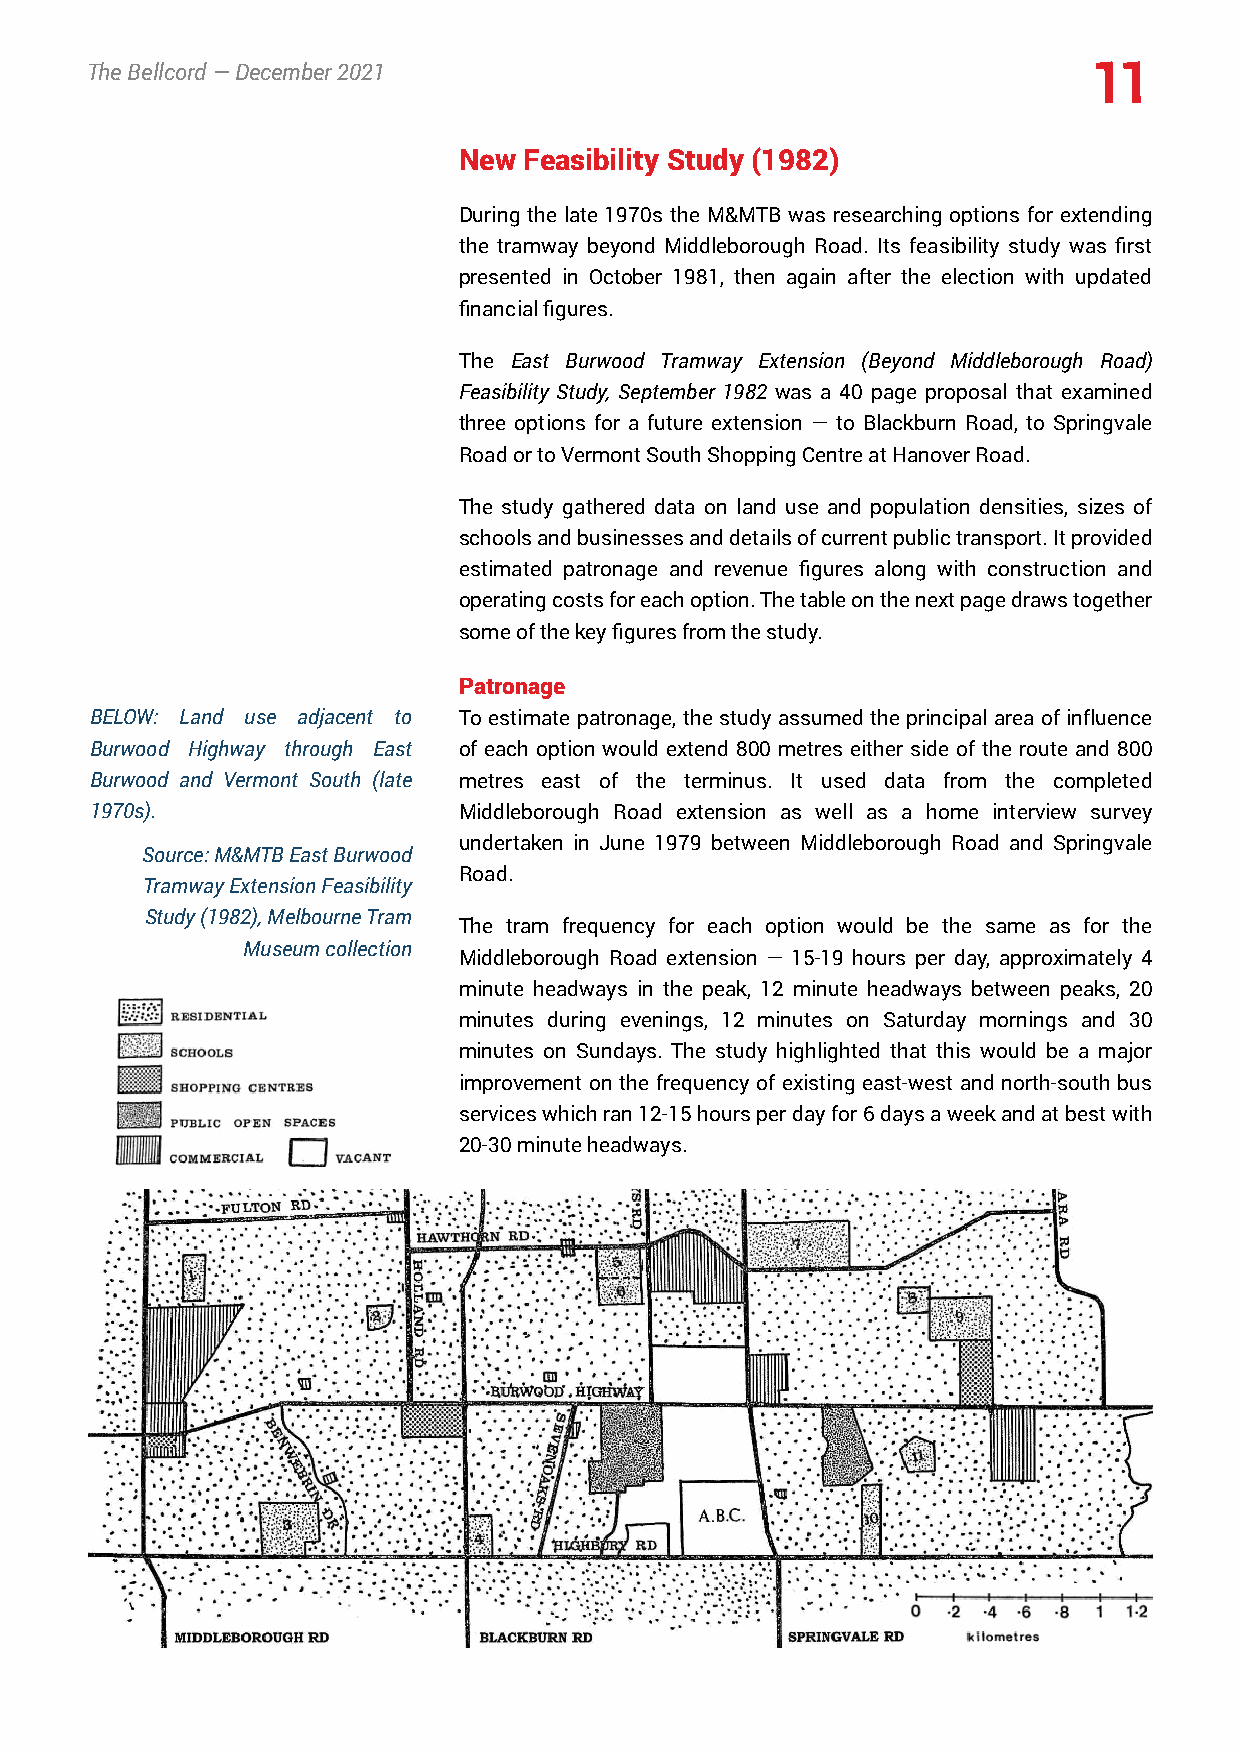
TheBellcord—December2021                                          11
 New  Feasibility Study (1982)
 During the late 1970s the M&MTB was researching options for extending
 the tramway beyond Middleborough Road. Its feasibility study was first
 presented in October 1981, then again after the election with updated
 financialfigures.
 The East Burwood Tramway Extension (Beyond Middleborough Road)
 Feasibility Study, September 1982 was a 40 page proposal that examined
 three options for a future extension — to Blackburn Road, to Springvale
 RoadortoVermontSouthShoppingCentreatHanoverRoad.
 The study gathered data on land use and population densities, sizes of
 schoolsandbusinessesanddetailsofcurrentpublictransport.Itprovided
 estimated patronage and revenue figures along with construction and
 operatingcostsforeachoption.Thetableonthenextpagedrawstogether
 someofthekeyfiguresfromthestudy.
 Patronage
 BELOW: Land use adjacent to To estimatepatronage, thestudyassumed theprincipalareaof influence
 Burwood Highway through East of each option would extend 800 metres either side of the route and 800
 Burwood and Vermont South (late metres east of the terminus. It used data from the completed
 1970s).                 Middleborough Road extension as well as a home interview survey
 undertaken in June 1979 between Middleborough Road and Springvale
 Source:M&MTBEastBurwood
 Road.
 TramwayExtensionFeasibility
 Study(1982),MelbourneTram
 The tram frequency for each option would be the same as for the
 Museumcollection
 Middleborough Road extension — 15-19 hours per day, approximately 4
 minute headways in the peak, 12 minute headways between peaks, 20
 minutes during evenings, 12 minutes on Saturday mornings and 30
 minutes on Sundays. The study highlighted that this would be a major
 improvement on the frequency of existing east-west and north-south bus
 serviceswhichran12-15hoursperdayfor6daysaweekandatbestwith
 20-30minuteheadways.